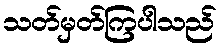
သတ်မှတ်ကြပါသည်